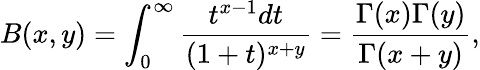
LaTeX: B(x,y)=\int_{0}^{\infty}\frac{t^{x-1}dt}{(1+t)^{x+y}}=\frac{\Gamma(x)\Gamma(y)}{\Gamma(x+y)},